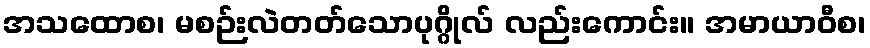
အသထောစ၊ မစဉ်းလဲတတ်သောပုဂ္ဂိုလ် လည်းကောင်း။ အမာယာဝီစ၊